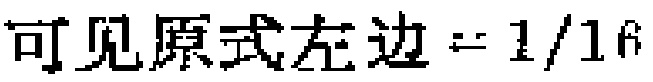
可见原式左边$=1/16$